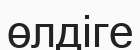
өлдіге